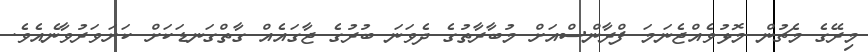
މިރޭގެ މެޗުން މޮޅުވެއްޖެނަމަ ފްރާންސްއަށް މުބާރާތުގެ ދެވަނަ ބުރުގެ ޖާގައެއް ގާތްގަނޑަކަށް ކަށަވަރުވާނެއެވެ.